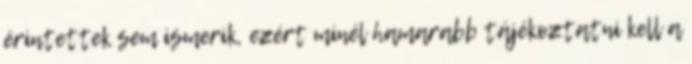
érintettek sem ismerik, ezért minél hamarabb tájékoztatni kell a